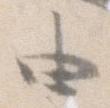
由